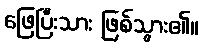
ဖြေပြီးသား ဖြစ်သွား၏။